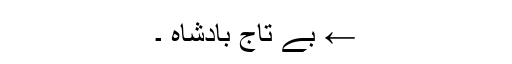
← بے تاج بادشاہ ۔